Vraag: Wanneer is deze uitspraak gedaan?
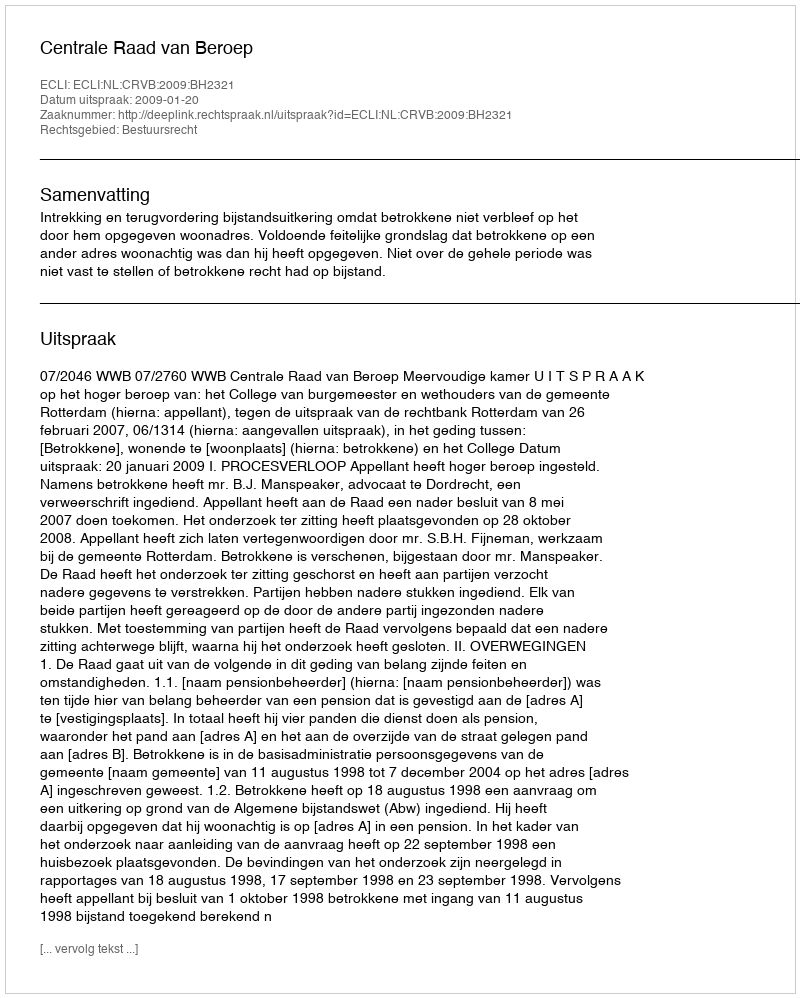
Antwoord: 2009-01-20